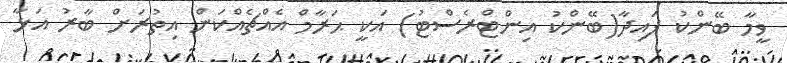
ވީމާ ބޭންކު ފައިދާ(ބޭންކު އިންޓްރެސްޓު) އަކީ ޙަރާމް އެއްޗެއްކަން އިތުރަށް ބާރު އަޅާ